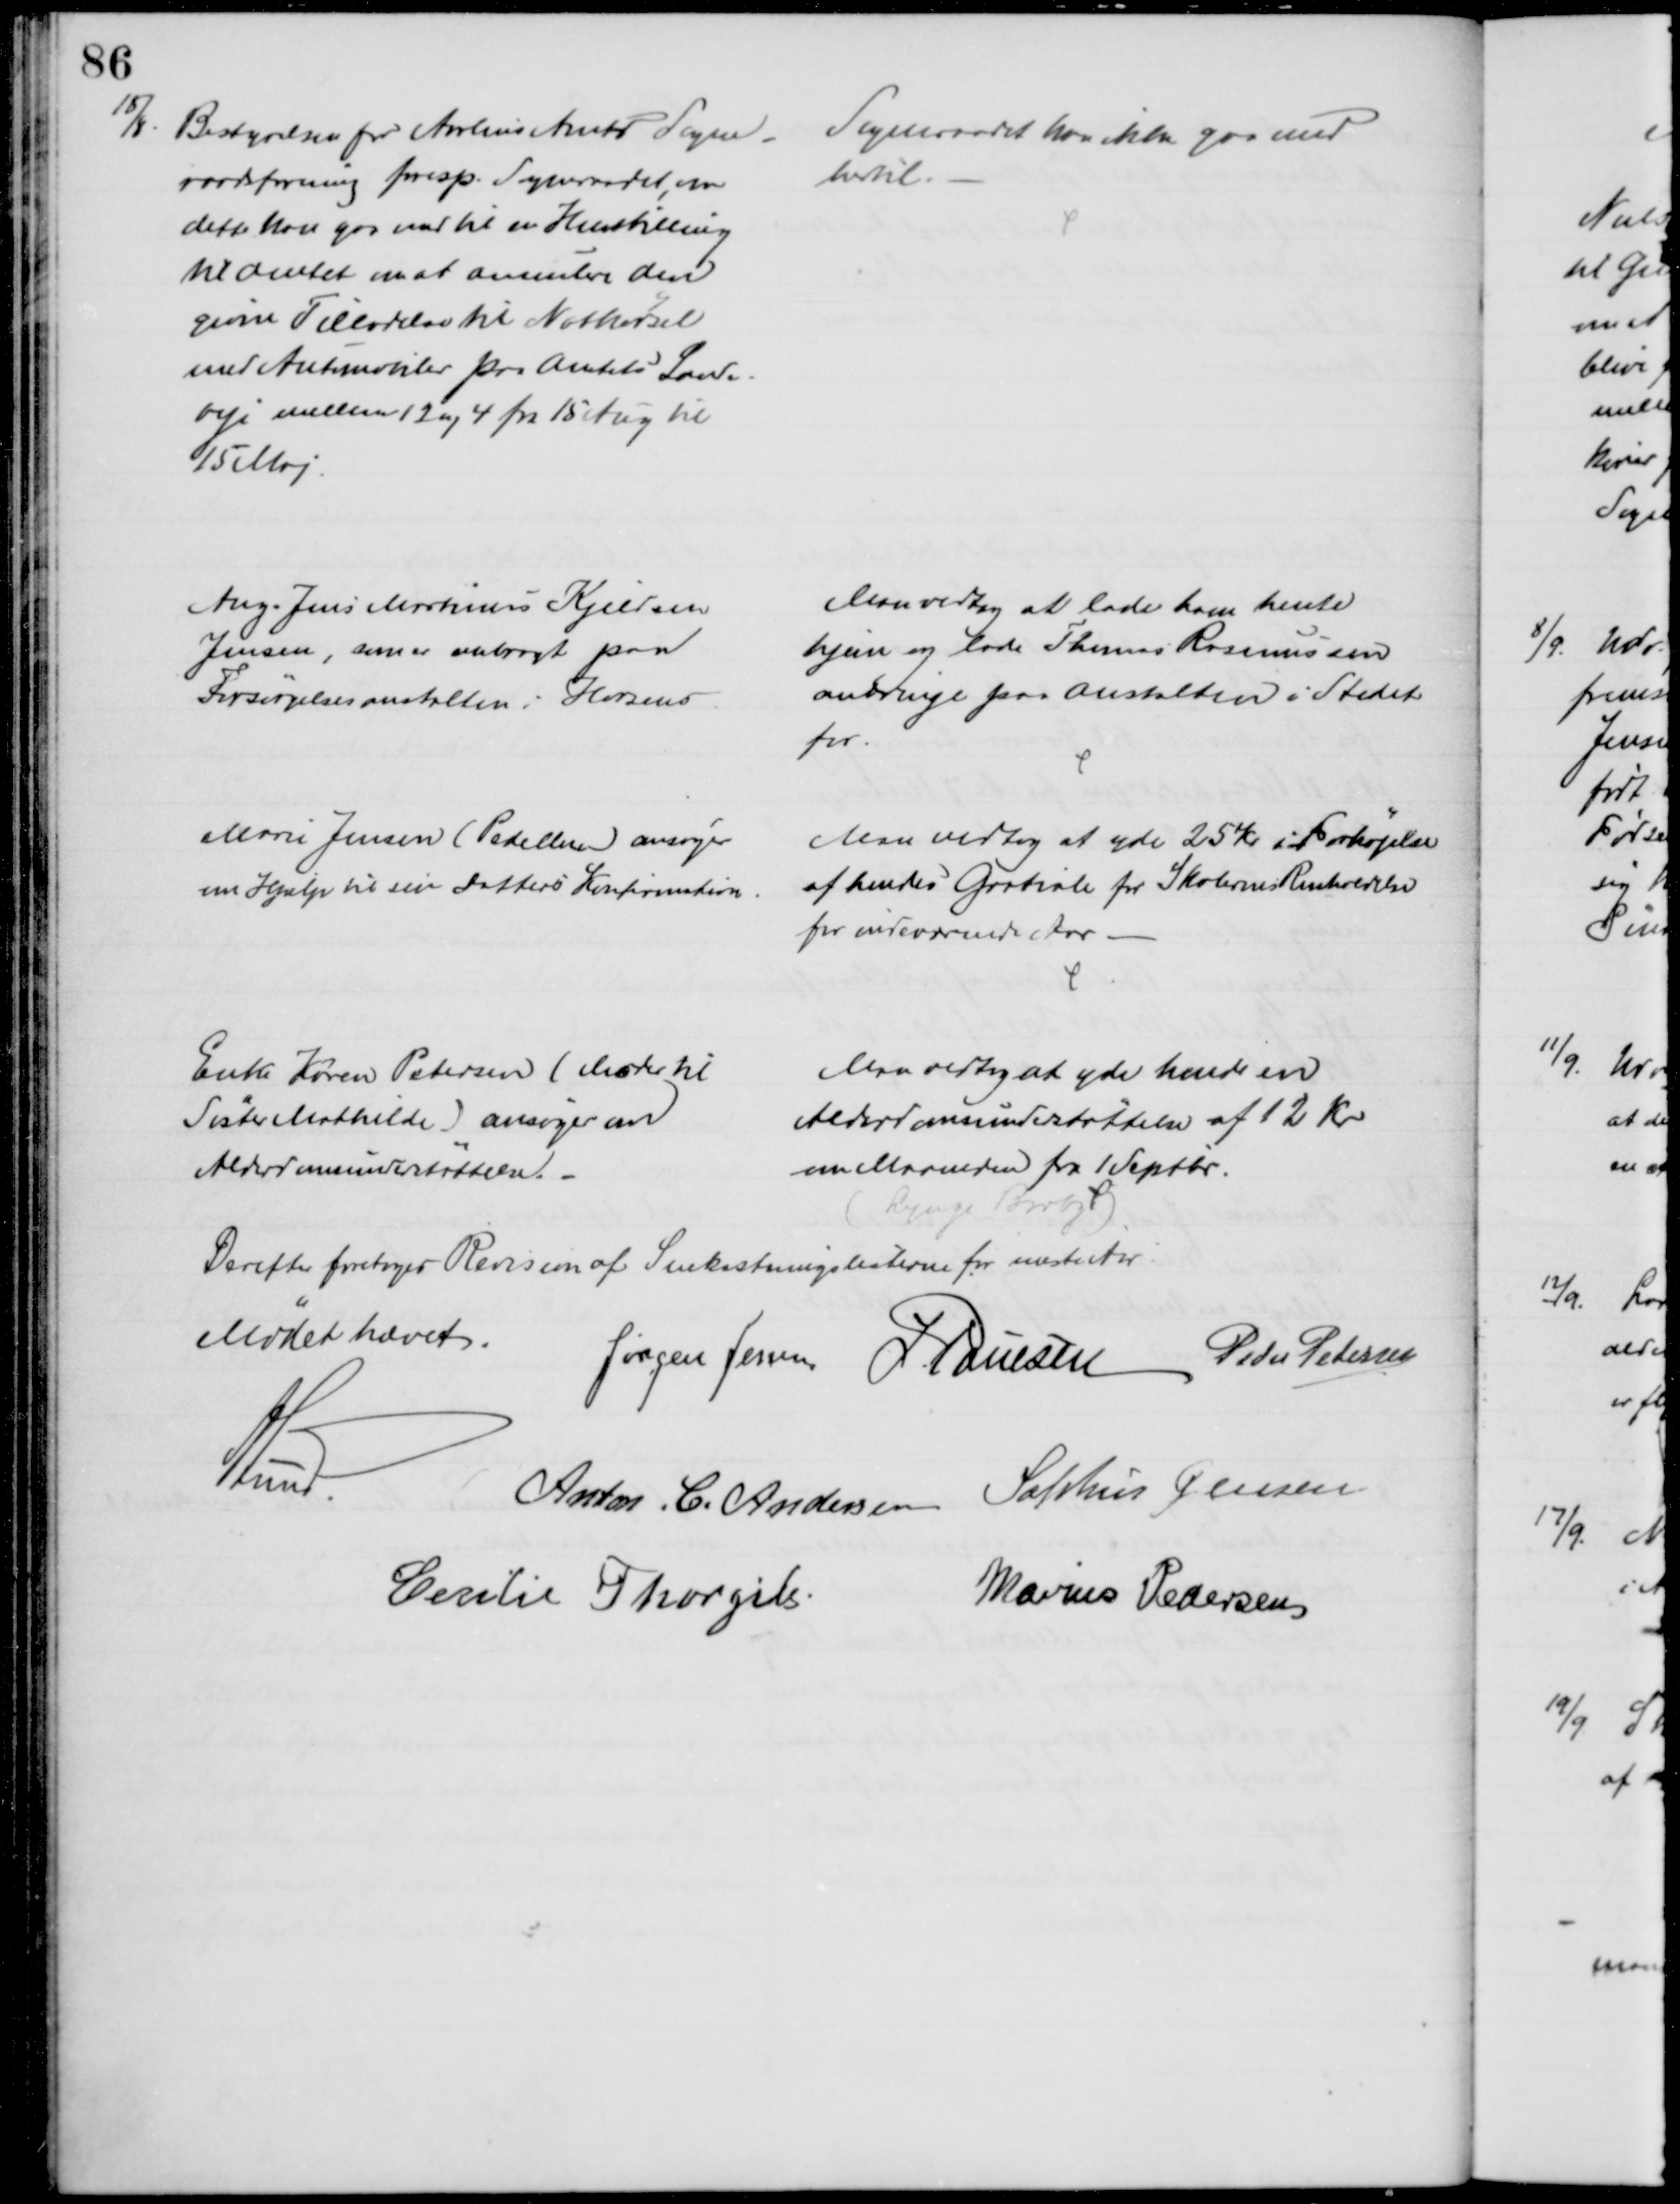
Transskription:
15/8.
Bestyrelsen for Aarhus Amts Sogne-
raadsforening foresp. Sogneraadet, om
dette kan gaa med til en Henstilling
til Amtet om at annulere den
givne Tilladelse til Natkørsel
med Automobiler paa Amtets Lande-
veje mellem 12 og 4 fra 15 Aug til
15 Maj.
Sogneraadet kan ikke gaa med
hertil.
Ang. Jens Martinus Kjeldsen
Jensen, som er anbragt paa
Forsørgelsesanstalten i Horsens
Man vedtog at lade ham hente
hjem og lade Thomas Rasmussen
anbringe paa Anstalten i Stedet
for.
Marie Jensen (Pedellen) ansøger
om Hjælp til sin Datters Konfirmation.
Man vedtog at yde 25 Kr. i Forhøjelse
af hendes Gratiale for Skolernes Renholdelse
for indeværende Aar
Enke Karen Petersen (Moder til
Søster Mathilde) ansøger om
Alderdomsunderstøttelse. 
Man vedtog at yde hende en
Alderdomsunderstøttelse af 12 Kr
om Maanenden fra 1 Septbr.
(Lynge Broby)
Derefter foretoges Revision af Snekastningslisterne for næste Aar.
Mødet hævet.
Jørgen Jensen J. Poulsen Peder Petersen
A. Lund.
Anton. C. Andersen Sophus Jensen
Cecilie Thorgils
Marius Pedersen